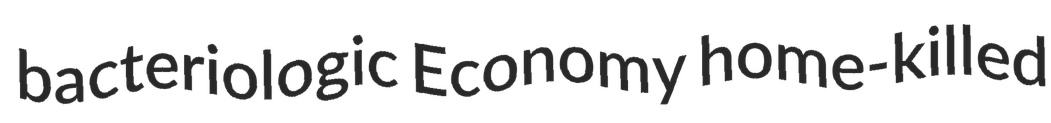
bacteriologic Economy home-killed